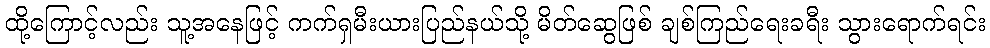
ထို့ကြောင့်လည်း သူ့အနေဖြင့် ကက်ရှမီးယားပြည်နယ်သို့ မိတ်ဆွေဖြစ် ချစ်ကြည်ရေးခရီး သွားရောက်ရင်း